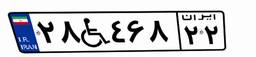
۲۸W۴۶۸۲۲